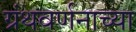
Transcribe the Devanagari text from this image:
ग्रंथवर्णनाच्या